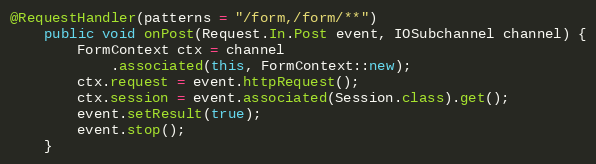
Language: Java
@RequestHandler(patterns = "/form,/form/**")
    public void onPost(Request.In.Post event, IOSubchannel channel) {
        FormContext ctx = channel
            .associated(this, FormContext::new);
        ctx.request = event.httpRequest();
        ctx.session = event.associated(Session.class).get();
        event.setResult(true);
        event.stop();
    }